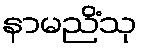
နာမညိံသု